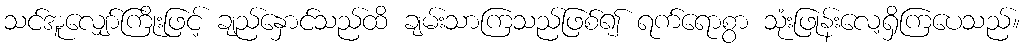
သင်အူလျှော်ကြိုးဖြင့် ချည်နှောင်သည်ထိ ချမ်းသာကြသည်ဖြစ်၍ ရက်ရောစွာ သုံးဖြုန်းလေ့ရှိကြပေသည်။